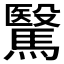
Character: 𩥯